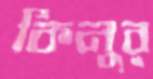
কিনুর